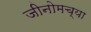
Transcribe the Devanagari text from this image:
जीनोमच्या